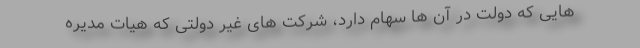
هایی که دولت در آن ها سهام دارد، شرکت های غیر دولتی که هیات مدیره